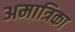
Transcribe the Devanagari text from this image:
अमात्रिका